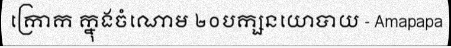
ក្រោក ក្នុងចំណោម ២០បក្សនយោបាយ - Amapapa